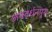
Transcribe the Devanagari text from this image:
जयवर्धनपुरा